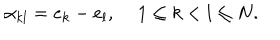
\alpha _ { k l } = e _ { k } - e _ { l } , \, \, \, \, \, \, \, 1 \le k < l \le N .